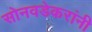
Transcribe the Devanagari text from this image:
सोनवडेकरांनी